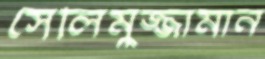
সেলিমুজ্জামান